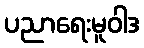
ပညာရေးမူဝါဒ